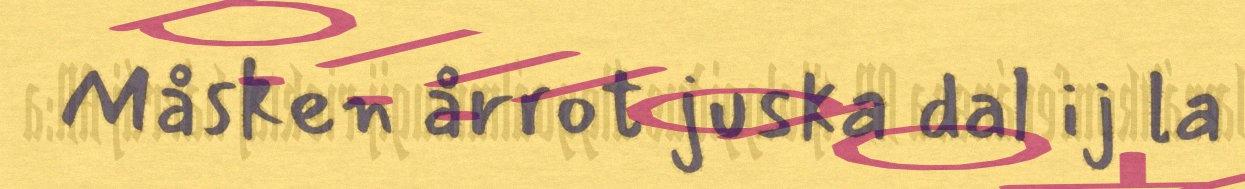
Måsken årrot juska dal ij la